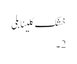
خشک کلینابلی
2 ۔